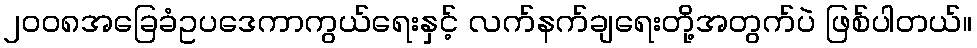
၂၀၀၈အခြေခံဥပဒေကာကွယ်ရေးနှင့် လက်နက်ချရေးတို့အတွက်ပဲ ဖြစ်ပါတယ်။